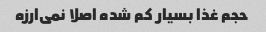
حجم غذا بسیار کم شده اصلا نمی‌ارزه